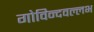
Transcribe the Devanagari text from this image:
गोविन्दवल्लभ